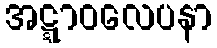
အဋ္ဋာဝလေပနာ